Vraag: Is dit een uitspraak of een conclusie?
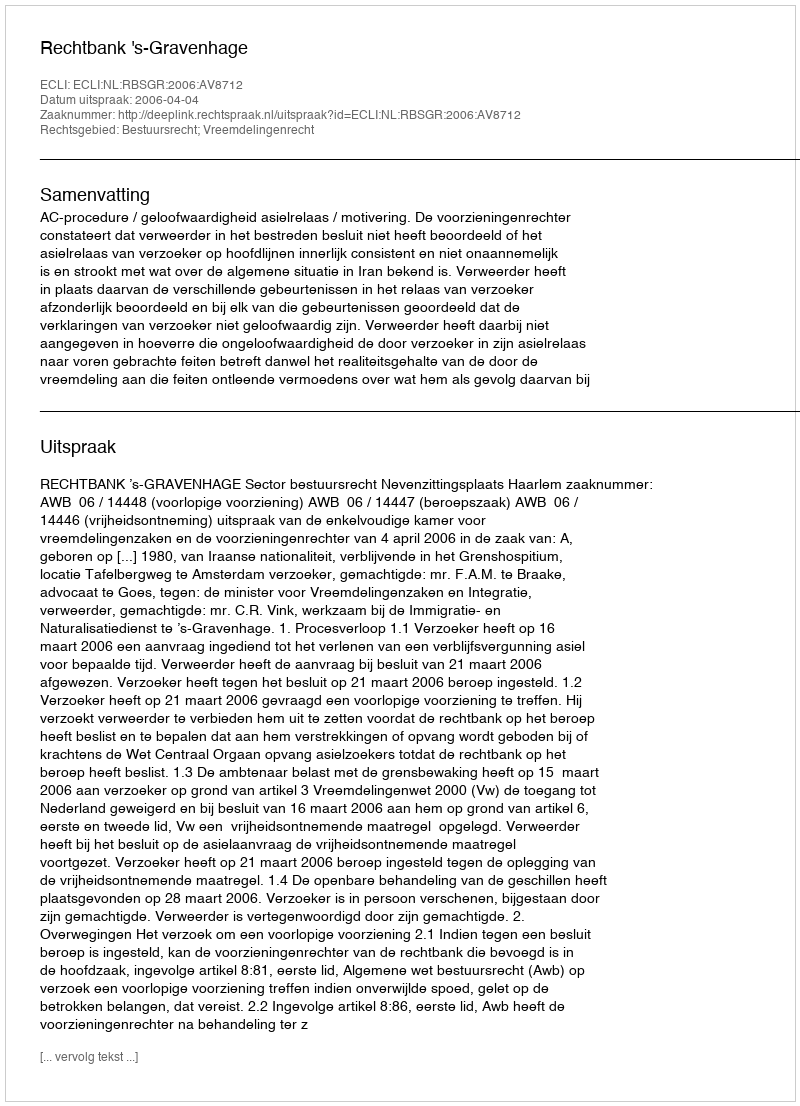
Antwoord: Uitspraak